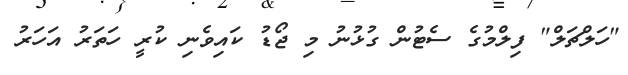
"ހަލްޗަލް" ފިލްމުގެ ސެޓުން ގުޅުނު މި ޖޯޑު ކައިވެނި ކުރީ ހަތަރު އަހަރު